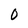
Character: 0